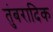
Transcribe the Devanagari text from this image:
तुंबरादिक